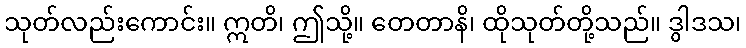
သုတ်လည်းကောင်း။ ဣတိ၊ ဤသို့။ တေတာနိ၊ ထိုသုတ်တို့သည်။ ဒွါဒသ၊